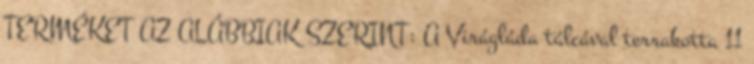
TERMÉKET AZ ALÁBBIAK SZERINT: A Virágláda tálcával terrakotta 11